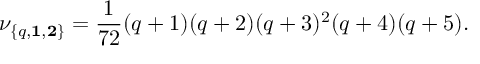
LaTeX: \nu _ { \{ q , { \bf 1 } , { \bf 2 } \} } = { \frac { 1 } { 7 2 } } ( q + 1 ) ( q + 2 ) ( q + 3 ) ^ { 2 } ( q + 4 ) ( q + 5 ) .